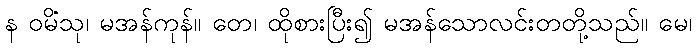
န ဝမိံသု၊ မအန်ကုန်။ တေ၊ ထိုစားပြီး၍ မအန်သောလင်းတတို့သည်။ မေ၊